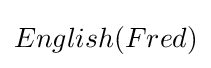
English(Fred)